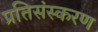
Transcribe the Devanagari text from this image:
प्रतिसंस्करण